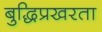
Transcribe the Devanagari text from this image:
बुद्धिप्रखरता